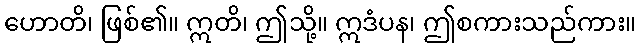
ဟောတိ၊ ဖြစ်၏။ ဣတိ၊ ဤသို့။ ဣဒံပန၊ ဤစကားသည်ကား။